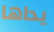
يداها